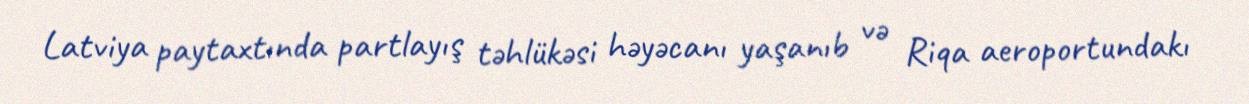
Latviya paytaxtında partlayış təhlükəsi həyəcanı yaşanıb və Riqa aeroportundakı